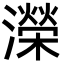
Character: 濚